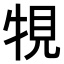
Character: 𤙧